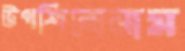
উপশিরোনাম